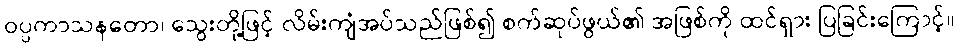
ဝပ္ပကာသနတော၊ သွေးတို့ဖြင့် လိမ်းကျံအပ်သည်ဖြစ်၍ စက်ဆုပ်ဖွယ်၏ အဖြစ်ကို ထင်ရှား ပြခြင်းကြောင့်။